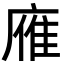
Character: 䧹